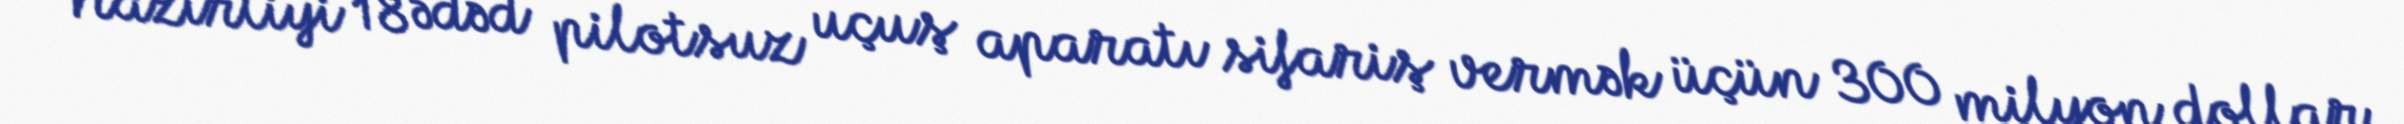
Nazirliyi 18 ədəd pilotsuz uçuş aparatı sifariş vermək üçün 300 milyon dollar